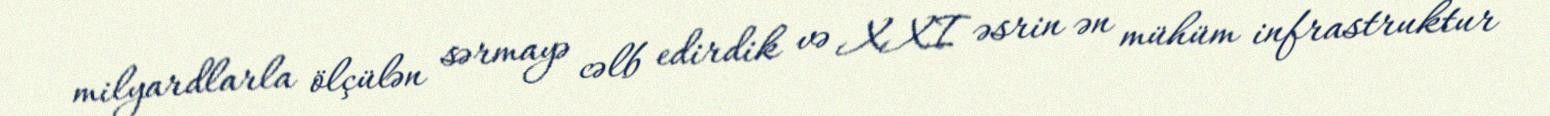
milyardlarla ölçülən sərmayə cəlb edirdik və XXI əsrin ən mühüm infrastruktur